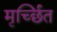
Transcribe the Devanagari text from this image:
मृर्च्छित